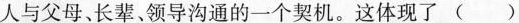
人与父母、长辈、领导沟通的一个契机。这体现了 ()